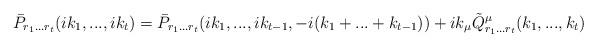
LaTeX: \begin{align*}\bar{P}_{r_{1}...r_{t}}(ik_{1},...,ik_{t})=\bar{P}_{r_{1}...r_{t}}(ik_{1},...,ik_{t-1},-i(k_1+...+k_{t-1}))+ik_{\mu }\tilde Q_{r_{1}...r_{t}}^{\mu}(k_{1},...,k_{t}) \end{align*}